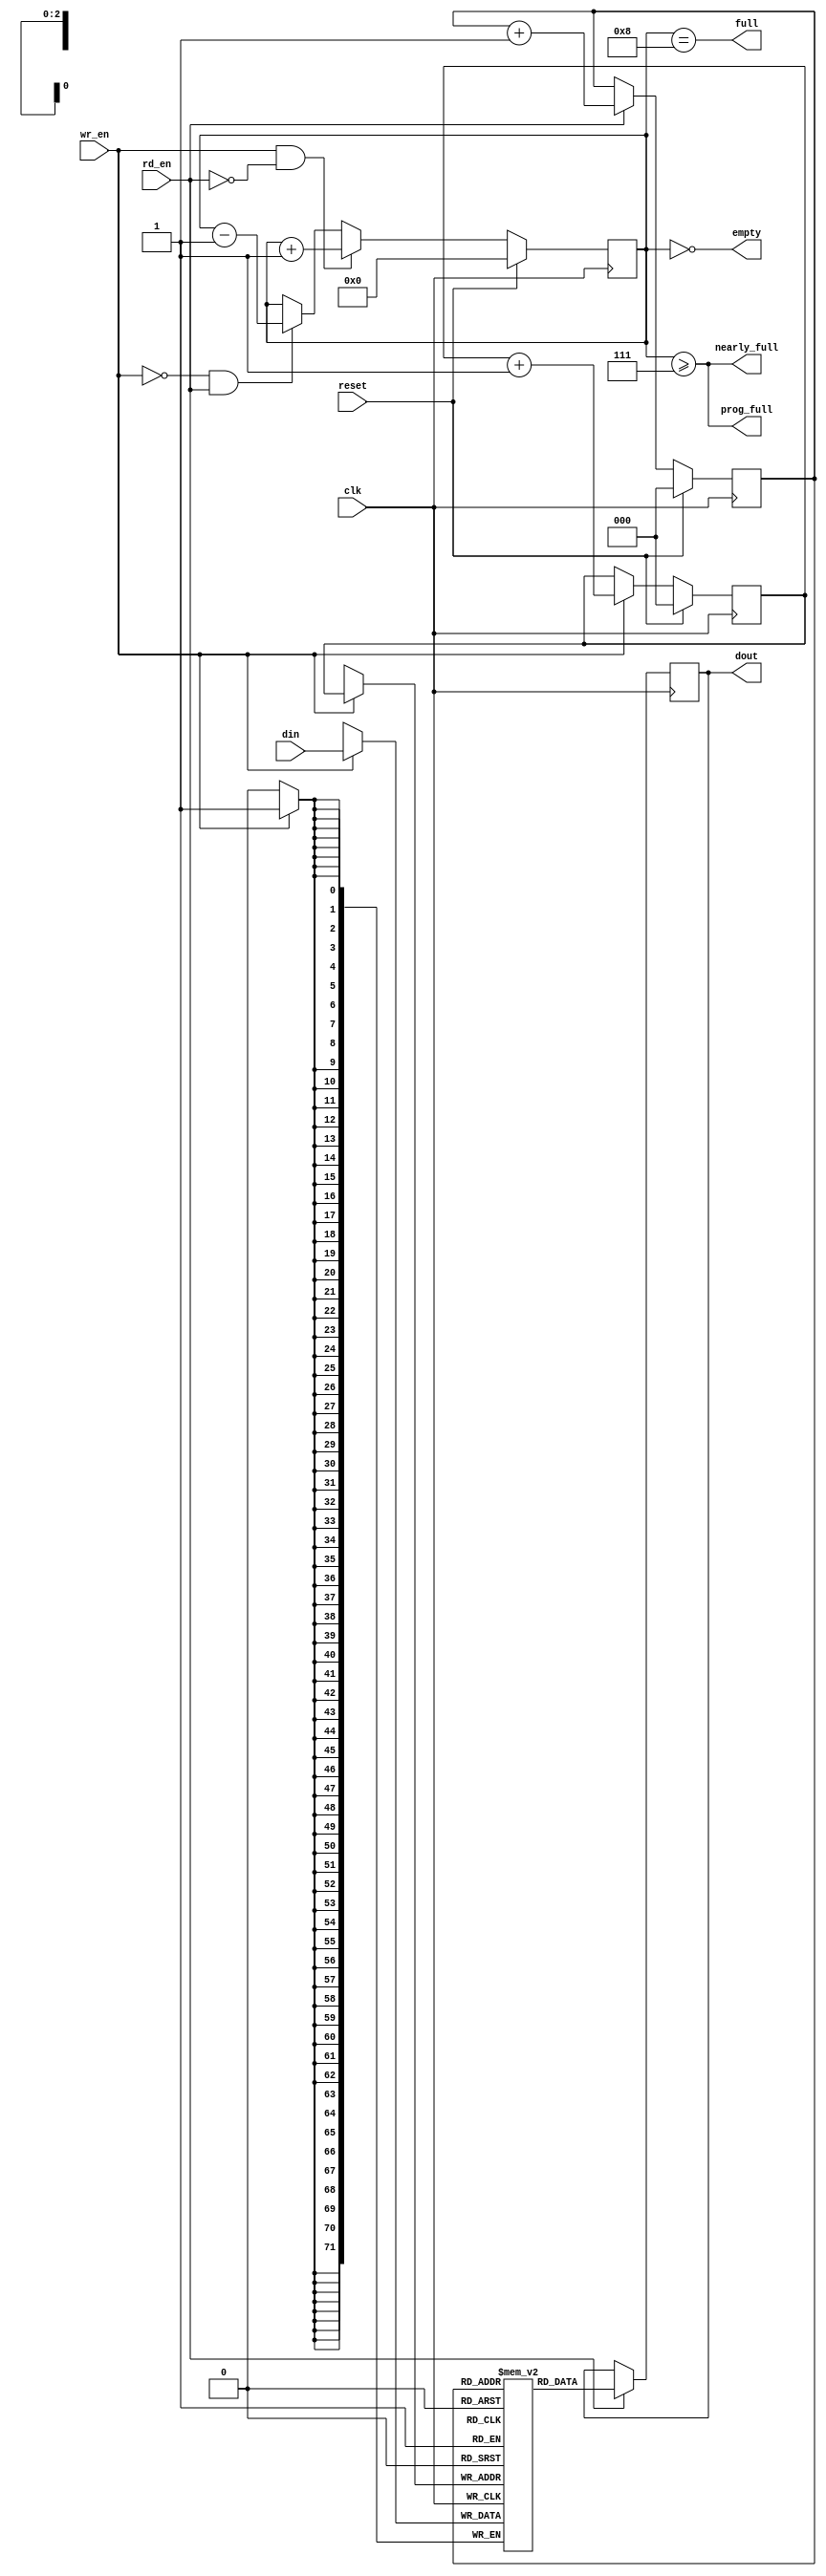
///////////////////////////////////////////////////////////////////////////////
// $Id: small_fifo.v 4761 2008-12-27 01:11:00Z jnaous $
//
// Module: small_fifo.v
// Project: UNET
// Description: small fifo with no fallthrough i.e. data valid after rd is high
//
// Change history:
//   7/20/07 -- Set nearly full to 2^MAX_DEPTH_BITS - 1 by default so that it
//              goes high a clock cycle early.
//   11/2/09 -- Modified to have both prog threshold and almost full
///////////////////////////////////////////////////////////////////////////////
`timescale 1ns/1ps

  module small_fifo
    #(parameter WIDTH = 72,
      parameter MAX_DEPTH_BITS = 3,
      parameter PROG_FULL_THRESHOLD = 2**MAX_DEPTH_BITS - 1
      )
    (

     input [WIDTH-1:0] din,     // Data in
     input          wr_en,   // Write enable

     input          rd_en,   // Read the next word

     output reg [WIDTH-1:0]  dout,    // Data out
     output         full,
     output         nearly_full,
     output         prog_full,
     output         empty,

     input          reset,
     input          clk
     );


parameter MAX_DEPTH        = 2 ** MAX_DEPTH_BITS;

reg [WIDTH-1:0] queue [MAX_DEPTH - 1 : 0];
reg [MAX_DEPTH_BITS - 1 : 0] rd_ptr;
reg [MAX_DEPTH_BITS - 1 : 0] wr_ptr;
reg [MAX_DEPTH_BITS : 0] depth;

// Sample the data
always @(posedge clk)
begin
   if (wr_en)
      queue[wr_ptr] <= din;
   if (rd_en)
      dout <=
	      // synthesis translate_off
	      #1
	      // synthesis translate_on
	      queue[rd_ptr];
end

always @(posedge clk)
begin
   if (reset) begin
      rd_ptr <= 'h0;
      wr_ptr <= 'h0;
      depth  <= 'h0;
   end
   else begin
      if (wr_en) wr_ptr <= wr_ptr + 'h1;
      if (rd_en) rd_ptr <= rd_ptr + 'h1;
      if (wr_en & ~rd_en) depth <=
				   // synthesis translate_off
				   #1
				   // synthesis translate_on
				   depth + 'h1;
      else if (~wr_en & rd_en) depth <=
				   // synthesis translate_off
				   #1
				   // synthesis translate_on
				   depth - 'h1;
   end
end

//assign dout = queue[rd_ptr];
assign full = depth == MAX_DEPTH;
assign prog_full = (depth >= PROG_FULL_THRESHOLD);
assign nearly_full = depth >= MAX_DEPTH-1;
assign empty = depth == 'h0;

// synthesis translate_off
always @(posedge clk)
begin
   if (wr_en && depth == MAX_DEPTH && !rd_en)
      $display($time, " ERROR: Attempt to write to full FIFO: %m");
   if (rd_en && depth == 'h0)
      $display($time, " ERROR: Attempt to read an empty FIFO: %m");
end
// synthesis translate_on

endmodule // small_fifo


/* vim:set shiftwidth=3 softtabstop=3 expandtab: */